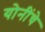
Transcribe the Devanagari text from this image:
योनींचे